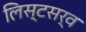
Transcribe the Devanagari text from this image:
लिस्टसर्व